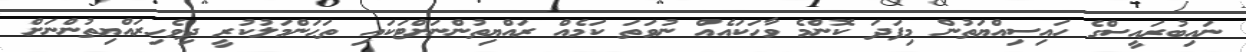
ނައިބުރައީސްގެ ހައިސިއްޔަތުން މިފަދަ ކޮންމެ ވާހަކައެއް ނުވަތަ ކަމެއް ރައްޔިތުންނަށްޓަކައި ތަޙަންމަލުކުރީ ދިވެހިރައްޔިތުންނަށް